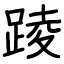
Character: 踜